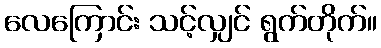
လေကြောင်း သင့်လျှင် ရွက်တိုက်။